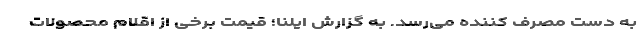
به دست مصرف کننده می‌رسد. به گزارش ایلنا؛ قیمت برخی از اقلام محصولات